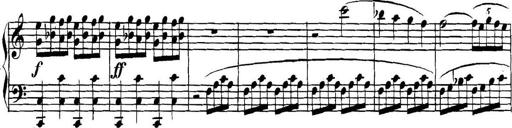
Title: Collected Piano Sonatas
Composer: Muzio Clementi